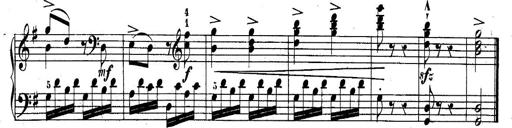
Title: 10 Sonatines progressives
Composer: Anton Schmoll